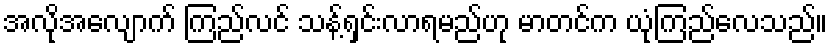
အလိုအလျောက် ကြည်လင် သန့်ရှင်းလာရမည်ဟု မာတင်က ယုံကြည်လေသည်။